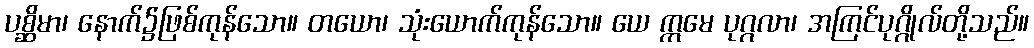
ပစ္ဆိမာ၊ နောက်၌ဖြစ်ကုန်သော။ တယော၊ သုံးယောက်ကုန်သော။ ယေ ဣမေ ပုဂ္ဂလာ၊ အကြင်ပုဂ္ဂိုလ်တို့သည်။